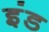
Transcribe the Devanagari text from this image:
इंड